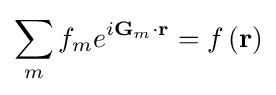
\sum _{m}f_{m}e^{i\mathbf {G} _{m}\cdot \mathbf {r} }=f\left(\mathbf {r} \right)